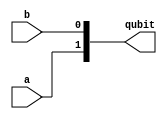
module Alice(input a,
             input b,
             output [1:0]qubit);
  wire [1:0]eigen_value = {a,b};
  //There can be 4 possible eigen value
  //Eigen Value = 2'b00 => Zero 
  //Eigen Value = 2'b01 => Plus 
  //Eigen Value = 2'b10 => One 
  //Eigen Value = 2'b11 => Minus 
  
  //These Eigen Values are equivalent of the Quantum State of the Qubit
 assign qubit = eigen_value;
endmodule